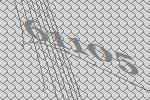
61105